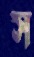
স